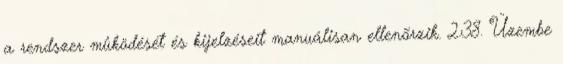
a rendszer mûködését és kijelzéseit manuálisan ellenõrzik. 2.38. Üzembe